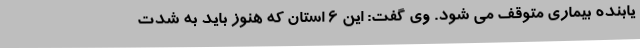
یابنده بیماری متوقف می شود. وی گفت: این ۶ استان که هنوز باید به شدت